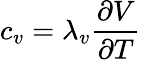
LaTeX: c_{v}=\lambda_{v}\frac{\partial V}{\partial T}